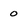
Character: 0